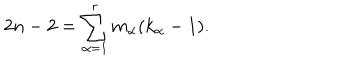
LaTeX: 2 n - 2 = \sum _ { \alpha = 1 } ^ { r } m _ { \alpha } ( k _ { \alpha } - 1 ) .